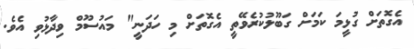
އެގޮތަށް ގުޅީމަ ކަމަށް ގަބޫލުކުރެވޭތީ އެގޮތަށް މި ހަދަނީ" މައުސޫމް ވިދާޅުވި އެވެ.